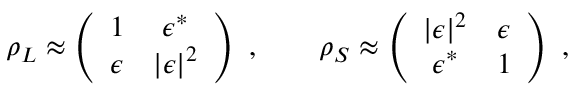
\rho _ { L } \approx \left( \begin{array} { c c } { { 1 } } & { { \epsilon ^ { * } } } \\ { { \epsilon } } & { { | \epsilon | ^ { 2 } } } \end{array} \right) \ , \qquad \rho _ { S } \approx \left( \begin{array} { c c } { { | \epsilon | ^ { 2 } } } & { { \epsilon } } \\ { { \epsilon ^ { * } } } & { { 1 } } \end{array} \right) \ ,